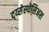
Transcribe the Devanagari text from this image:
द्य्सेस्थेसिअस